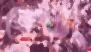
ভেস্তা